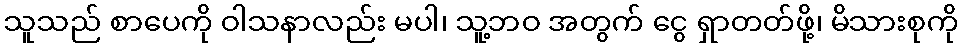
သူသည် စာပေကို ဝါသနာလည်း မပါ၊ သူ့ဘဝ အတွက် ငွေ ရှာတတ်ဖို့၊ မိသားစုကို